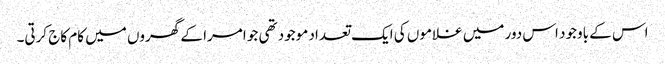
اس کے باوجود اس دور میں غلاموں کی ایک تعداد موجود تھی جو امرا کے گھروں میں کام کاج کرتی۔